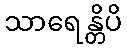
သာရေန္တိပိ